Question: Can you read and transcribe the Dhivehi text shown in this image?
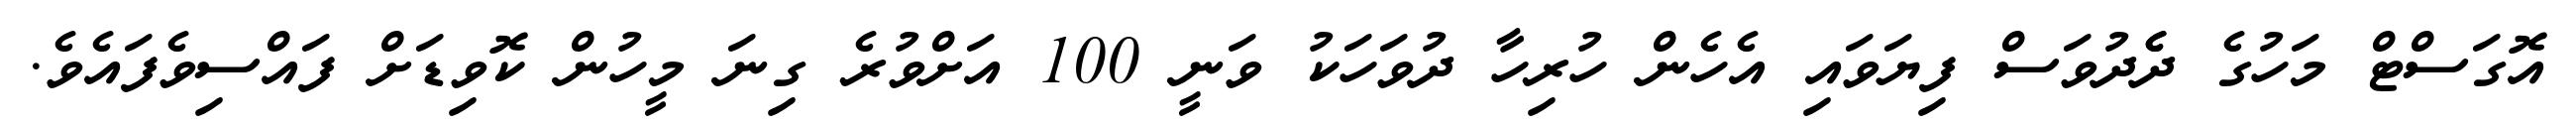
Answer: އޮގަސްޓް މަހުގެ ދެެދުވަސް ފިޔަވައި އެހެން ހުރިހާ ދުވަހަކު ވަނީ 100 އަށްވުރެ ގިނަ މީހުން ކޮވިޑަށް ފައްސިވެފައެވެ.